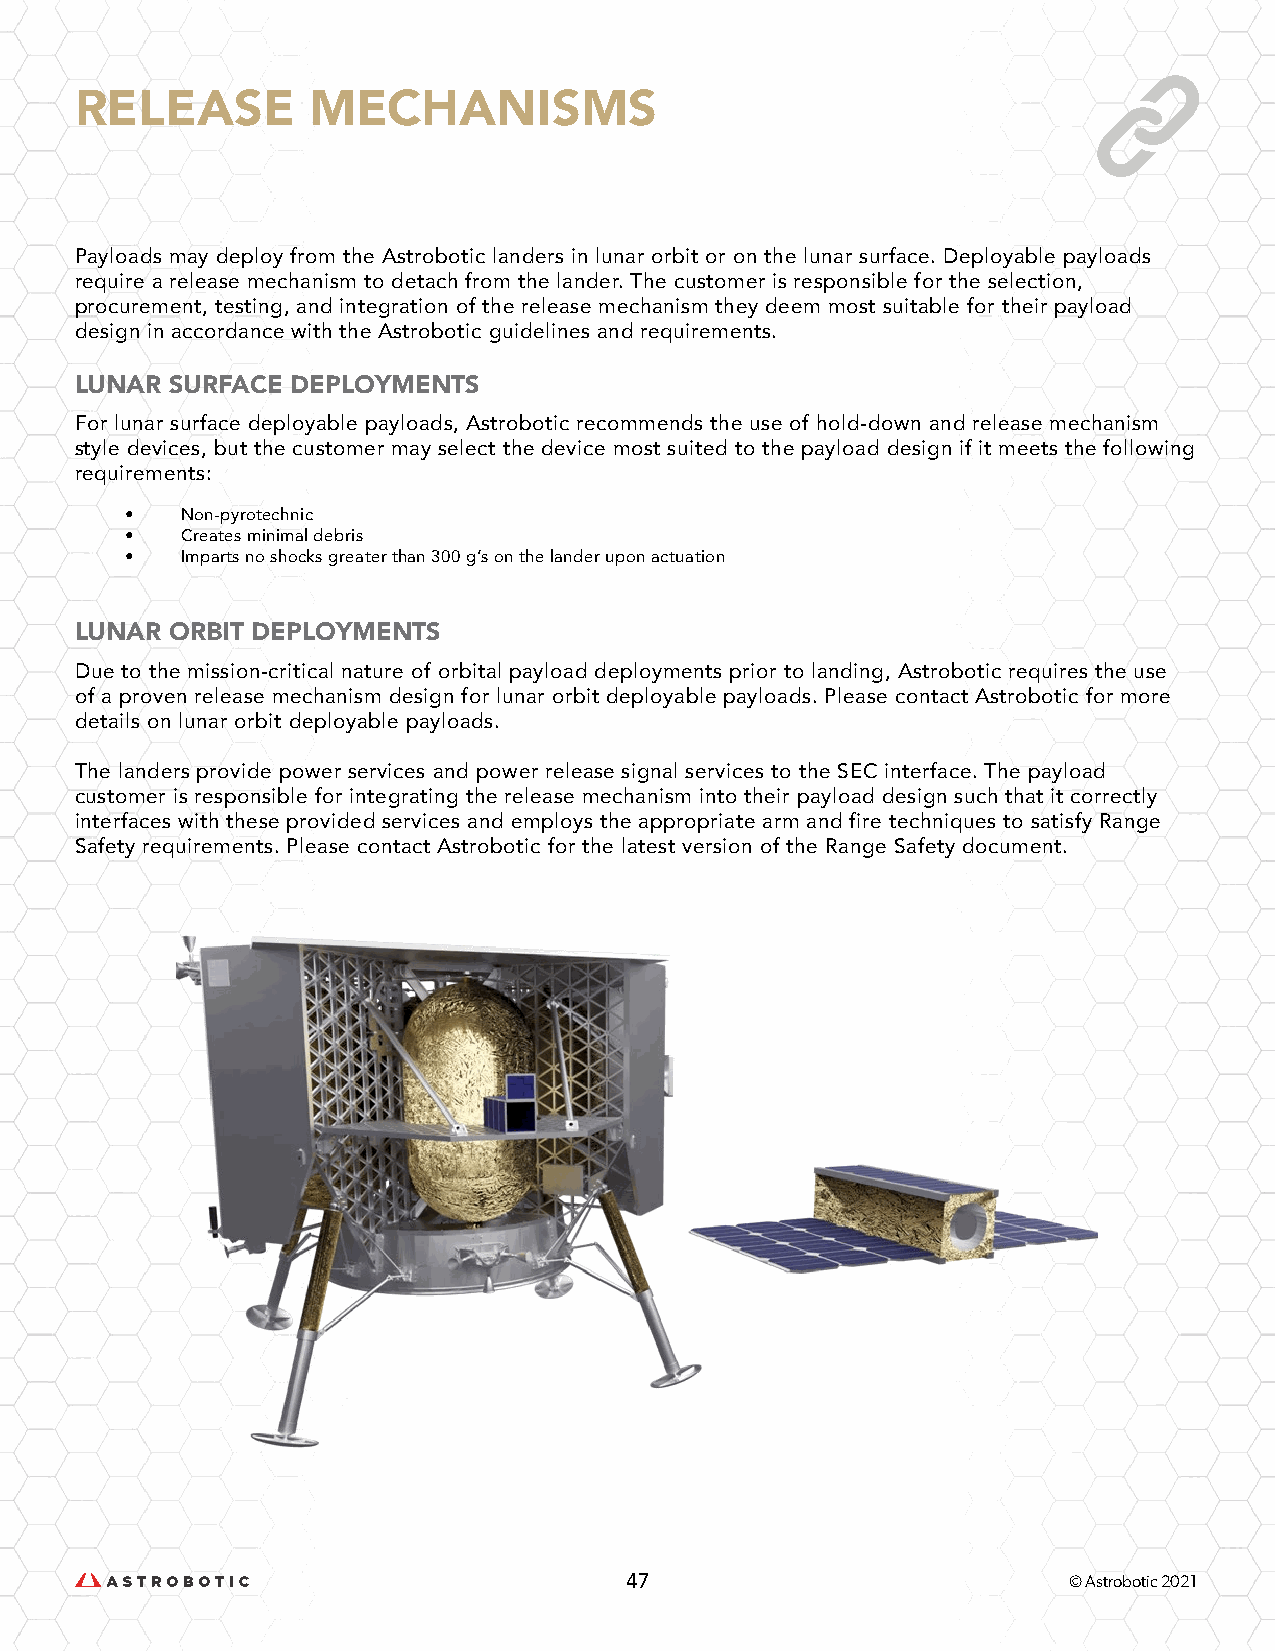
RELEASE        MECHANISMS
 Payloads may deploy from the Astrobotic landers in lunar orbit or on the lunar surface. Deployable payloads
 require a release mechanism to detach from the lander. The customer is responsible for the selection,
 procurement, testing, and integration of the release mechanism they deem most suitable for their payload
 design in accordance with the Astrobotic guidelines and requirements.
 LUNAR SURFACE DEPLOYMENTS
 For lunar surface deployable payloads, Astrobotic recommends the use of hold-down and release mechanism
 style devices, but the customer may select the device most suited to the payload design if it meets the following
 requirements:
 •   Non-pyrotechnic
 •   Creates minimal debris
 •   Imparts no shocks greater than 300 g’s on the lander upon actuation
 LUNAR ORBIT DEPLOYMENTS
 Due to the mission-critical nature of orbital payload deployments prior to landing, Astrobotic requires the use
 of a proven release mechanism design for lunar orbit deployable payloads. Please contact Astrobotic for more
 details on lunar orbit deployable payloads.
 The landers provide power services and power release signal services to the SEC interface. The payload
 customer is responsible for integrating the release mechanism into their payload design such that it correctly
 interfaces with these provided services and employs the appropriate arm and fire techniques to satisfy Range
 Safety requirements. Please contact Astrobotic for the latest version of the Range Safety document.
 47                            © Astrobotic 2021